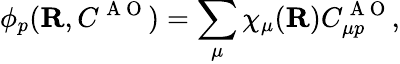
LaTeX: \phi_{p}({\mathbf{R}},C^{\mathrm{~A~O~}})=\sum_{\mu}\chi_{\mu}({\mathbf{R}})C_{\mu p}^{\mathrm{~A~O~}},